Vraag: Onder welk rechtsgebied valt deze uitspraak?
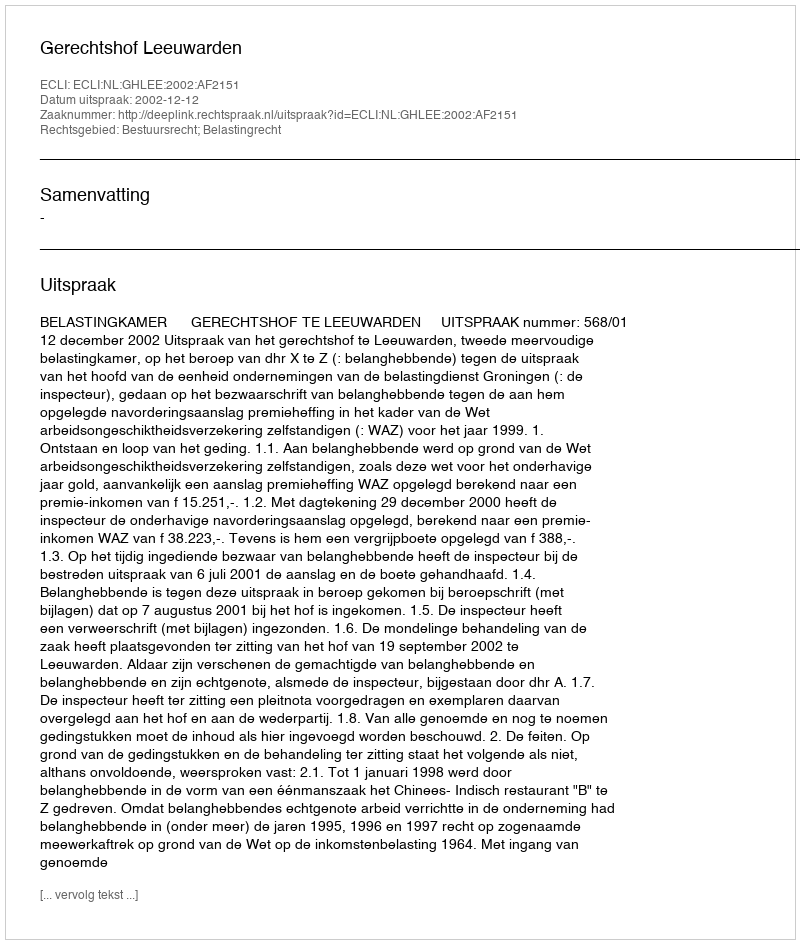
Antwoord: Bestuursrecht; Belastingrecht